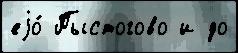
еjо́ Пыстогово и до